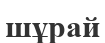
шұрай